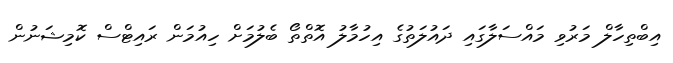
އިބްތިހާލް މަރުވި މައްސަލާގައި ދައުލަތުގެ އިހުމާލު އޮތްތޯ ބެލުމަށް ހިއުމަން ރައިޓްސް ކޮމިޝަނުން